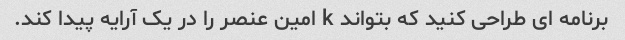
برنامه ای طراحی کنید که بتواند k امین عنصر را در یک آرایه پیدا کند.